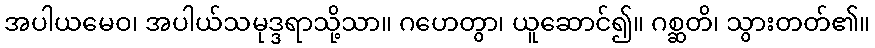
အပါယမေဝ၊ အပါယ်သမုဒ္ဒရာသို့သာ။ ဂဟေတွာ၊ ယူဆောင်၍။ ဂစ္ဆတိ၊ သွားတတ်၏။